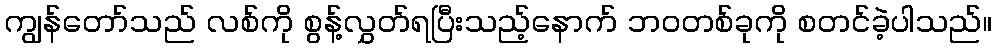
ကျွန်တော်သည် လစ်ကို စွန့်လွှတ်ရပြီးသည့်နောက် ဘဝတစ်ခုကို စတင်ခဲ့ပါသည်။